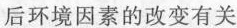
后环境因素的改变有关